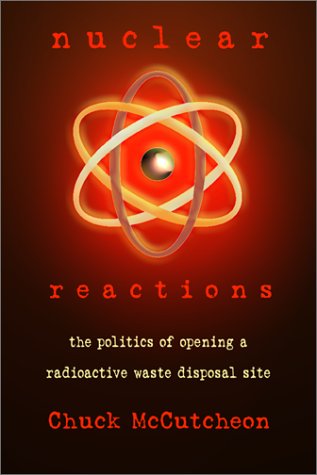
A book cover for Nuclear Reactions: The Politics of Opening a Radioactive Waste Disposal Site; Chuck McCutcheon; Science & Math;